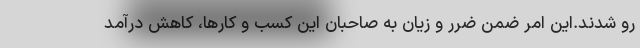
رو شدند.این امر ضمن ضرر و زیان به صاحبان این کسب و کارها، کاهش درآمد